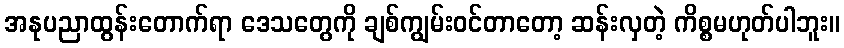
အနုပညာထွန်းတောက်ရာ ဒေသတွေကို ချစ်ကျွမ်းဝင်တာတော့ ဆန်းလှတဲ့ ကိစ္စမဟုတ်ပါဘူး။